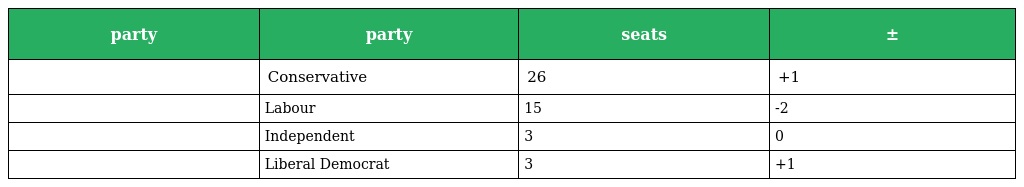
| party | party | seats | ± |
 | --- | --- | --- | --- |
 |  | Conservative | 26 | +1 |
 |  | Labour | 15 | -2 |
 |  | Independent | 3 | 0 |
 |  | Liberal Democrat | 3 | +1 |